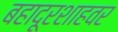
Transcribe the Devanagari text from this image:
बहादूरशाहवर